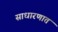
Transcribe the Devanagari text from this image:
साधारणात